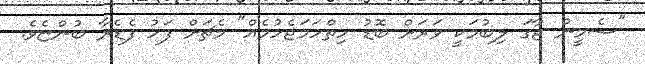
"ސެމީން ޖާގަ ލިބުމަކީ ވަރަށް ބޮޑު ހިތްހަމަޖެހުމެއް" މެޗަށް ފަހު ފެޑެރާ ބުންޏެވެ.